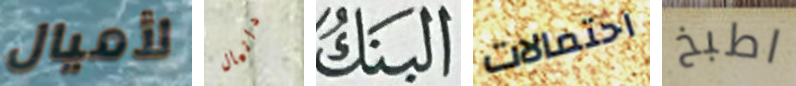
لأميال دانيال البنك احتمالات اطبخ